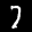
Label: 7